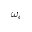
\omega _ { c }